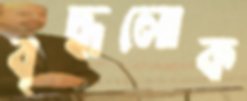
বৃদ্ধলোক